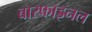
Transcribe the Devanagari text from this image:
बारफाइनल